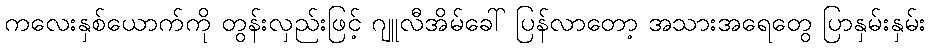
ကလေးနှစ်ယောက်ကို တွန်းလှည်းဖြင့် ဂျူလီအိမ်ခေါ် ပြန်လာတော့ အသားအရေတွေ ပြာနှမ်းနှမ်း